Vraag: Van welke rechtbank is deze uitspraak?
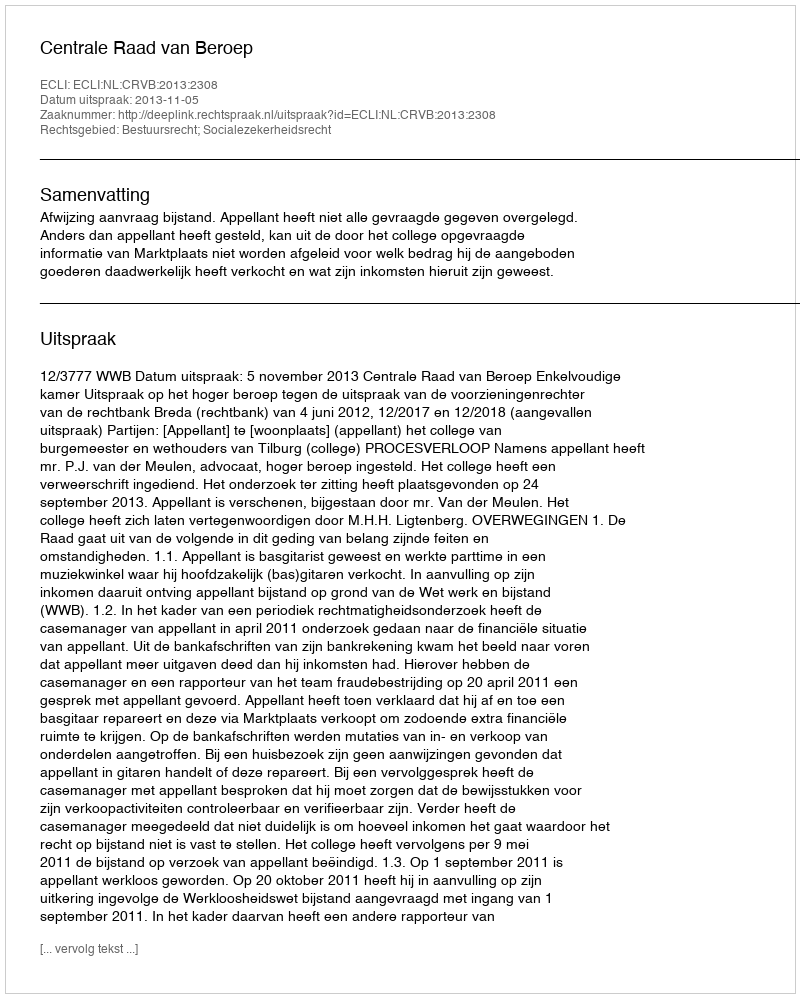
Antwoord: Centrale Raad van Beroep